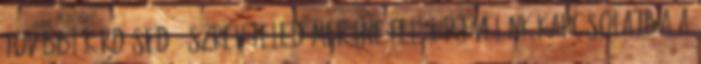
további kérdésed, észrevételed merülne fel, lépj velünk kapcsolatba a